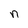
Character: n